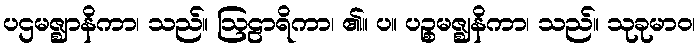
ပဌမဇ္ဈာနိကာ၊ သည်။ ဩဠာရိကာ၊ ၏။ ပ။ ပဉ္စမဇ္ဈနိကာ၊ သည်။ သုခုမာဝ၊